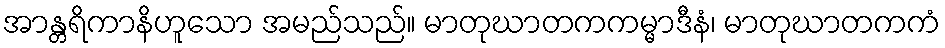
အာန္တရိကာနိဟူသော အမည်သည်။ မာတုဃာတကကမ္မာဒီနံ၊ မာတုဃာတကကံ